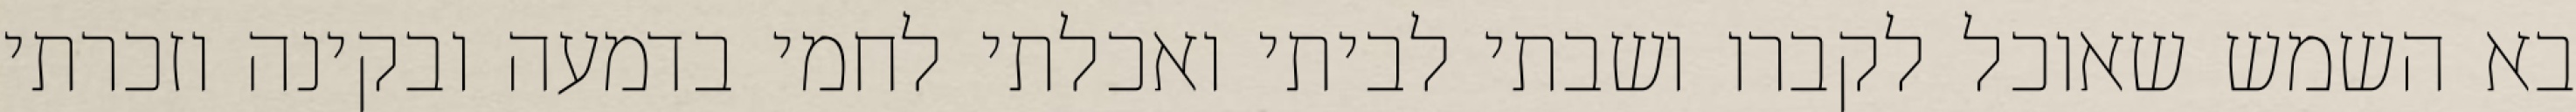
בא השמש שאוכל לקברו ושבתי לביתי ואכלתי לחמי בדמעה ובקינה וזכרתי